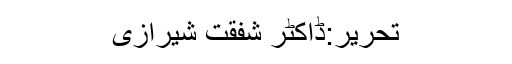
تحریر:ڈاکٹر شفقت شیرازی